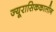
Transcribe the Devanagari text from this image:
ज्यूरासिककालीन